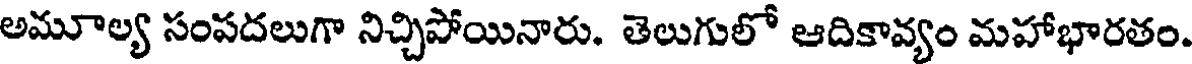
అమూల్య సంపదలుగా నిచ్చిపోయినారు. తెలుగులో ఆదికావ్యం మహాభారతం.